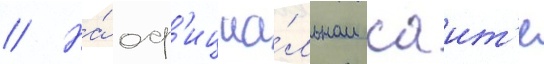
// На́ оф'ициа́льном саит'е